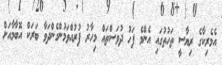
އެމެރިކާގެ ރިޔާސީ ތަހުތުގައި އެންމެ ފަހު ދުވަސްތައް މިހާރު ފުރުއްވަމުންގެންދަވާ ބަރަކް އޮބާމާއަށް